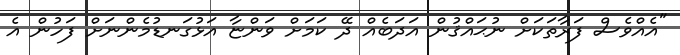
"އެއްވެސް ފަރާތަކަށް ނުޙައްޤުން އަދަބެއް ދޭ ކަމަށް ވަންޏާ އަޅުގަނޑުމެންނަށް ފަހުން އެ